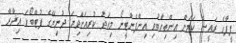
ފީފާގެ ރައީސް ކަމަށް އިންތިޙާބުވި އިންފެންޓީނޯ މިއަދު ކުރިއަށްދިޔަ ދުނިޔޭގެ ފުޓްބޯޅަ އިދާރާ